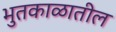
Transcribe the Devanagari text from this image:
भुतकाळातील